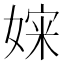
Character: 㛽